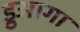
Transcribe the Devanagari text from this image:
ड्रुआगा